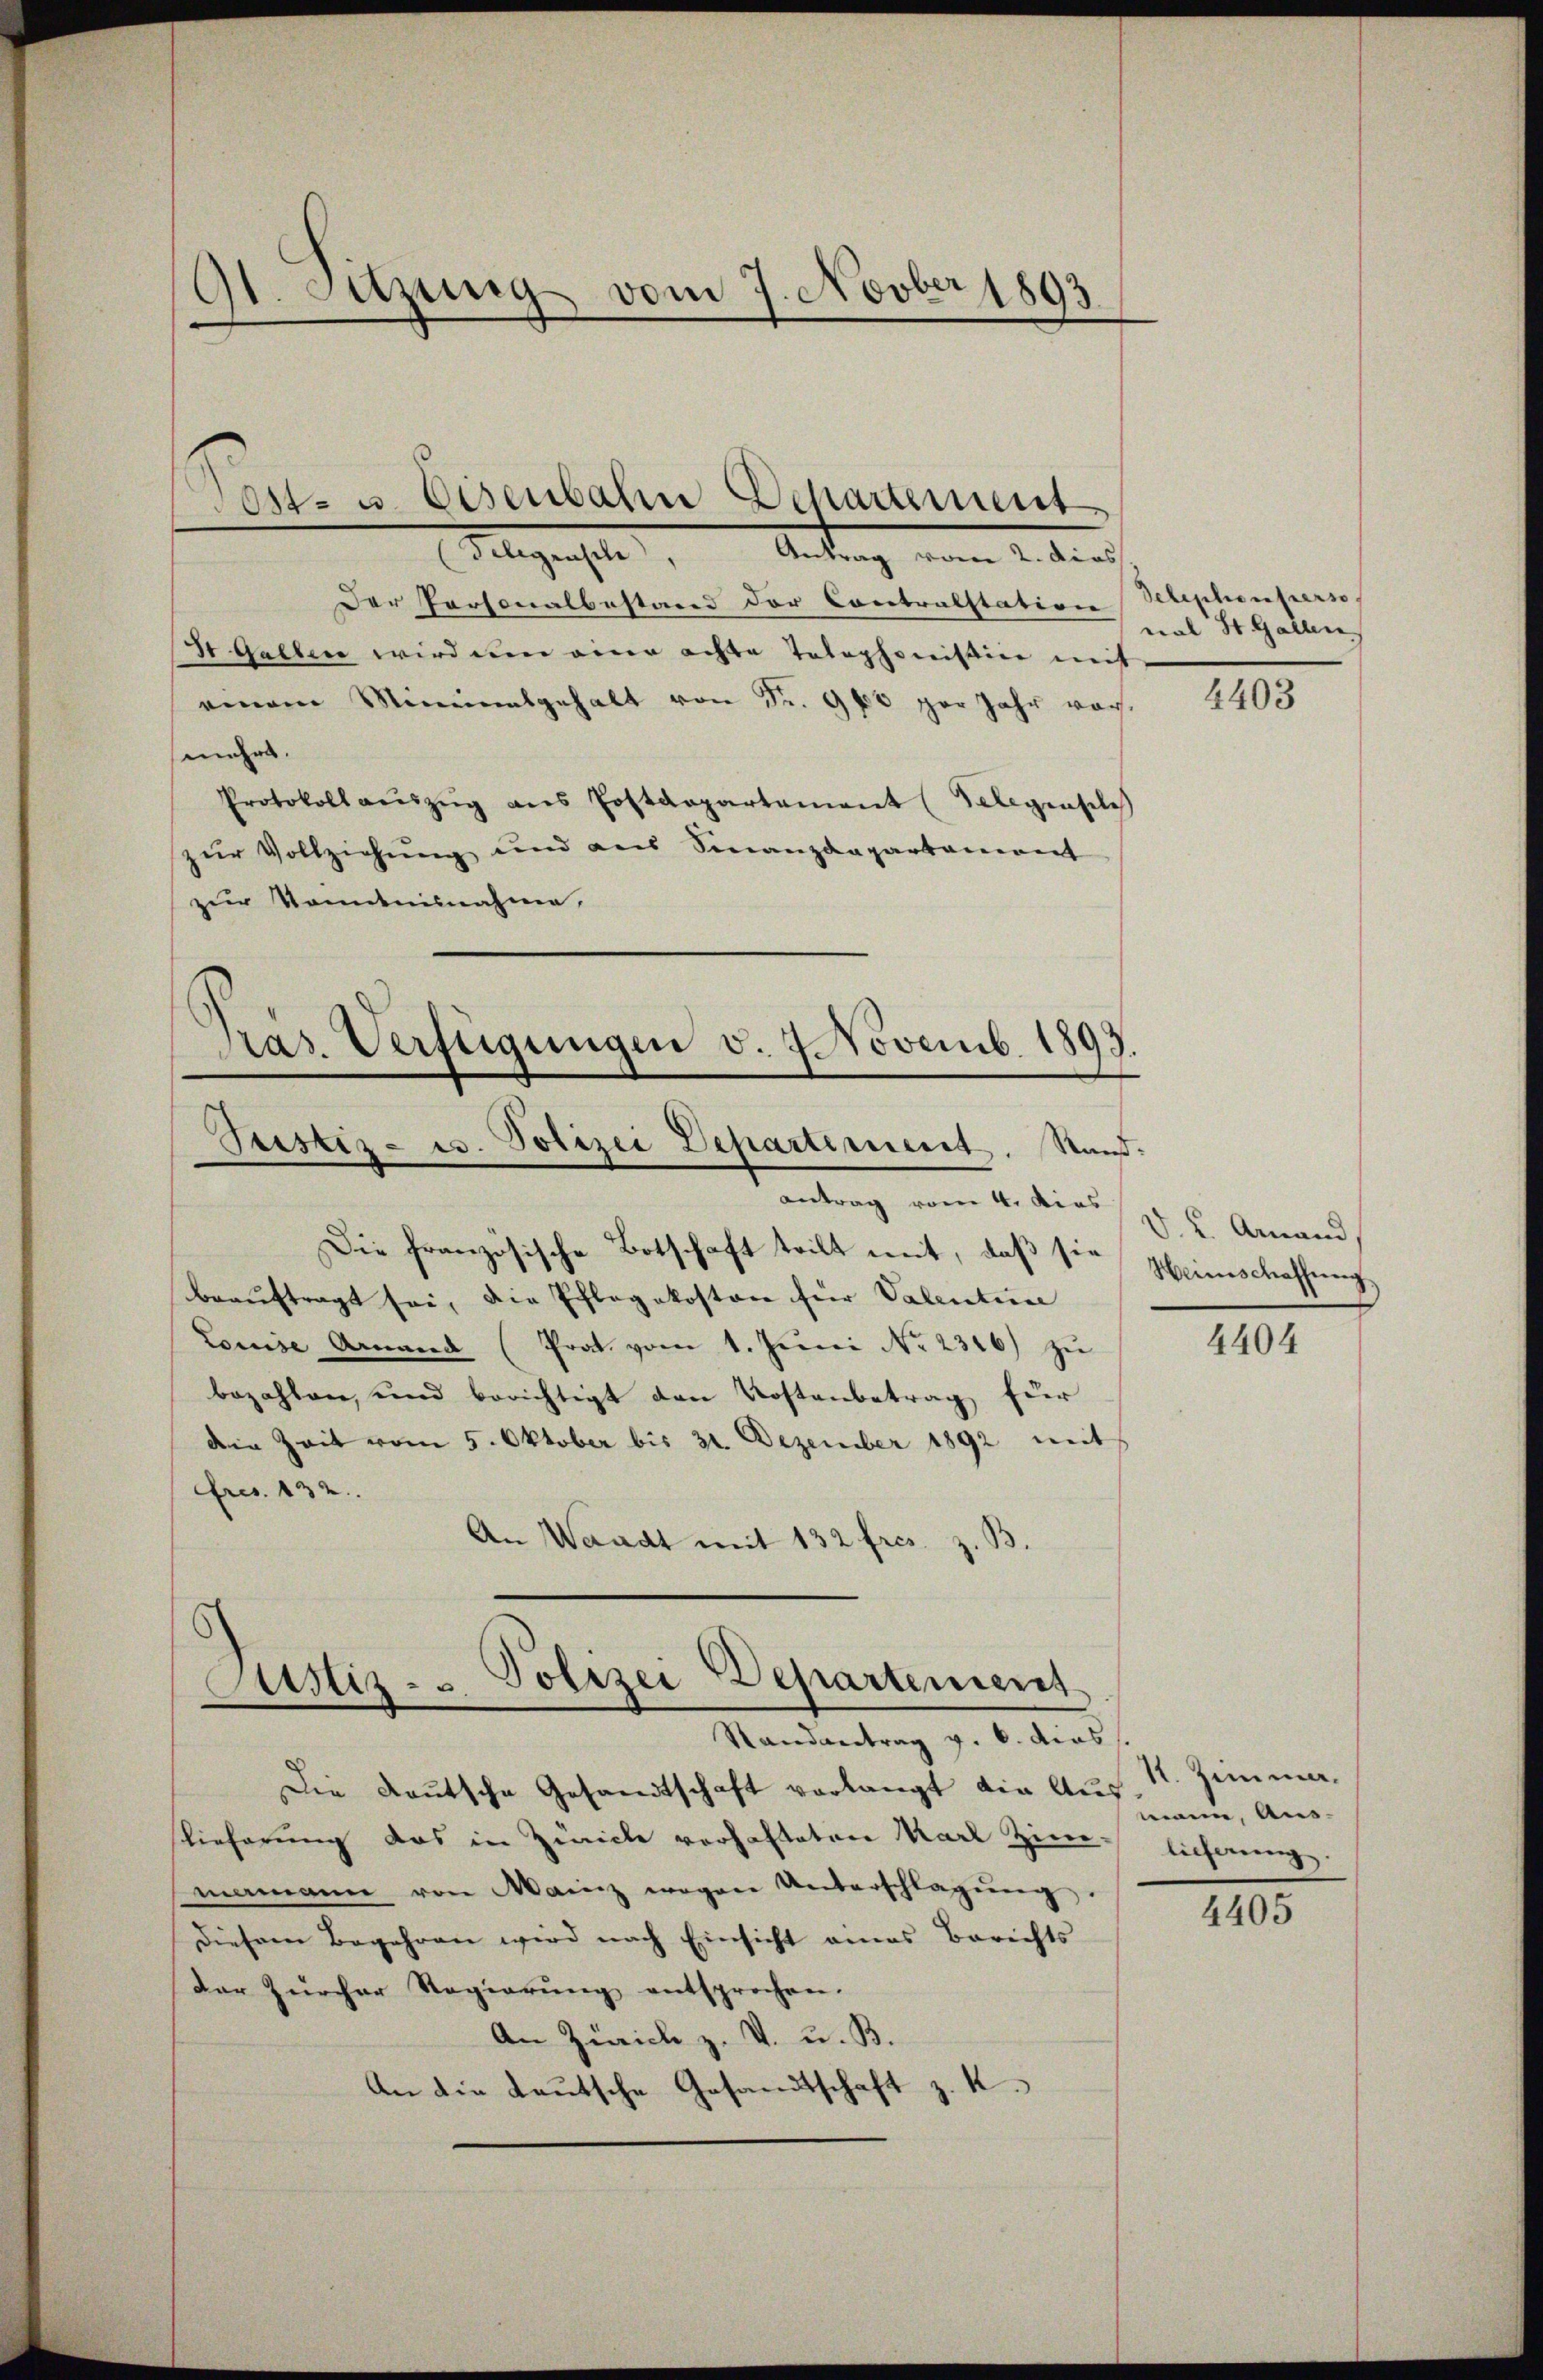
Der Personalbestand der Contralstation Sehephenperso
St. Gallen wird um eine achte Telephonistin mit
einem Mineinalgehalt von Fr. 900 per Jahr vor
mehrs.
Protokoll aŭszŭg ans Postdepartement (Telegensel
zŭr Vollziehŭng und aus Finanzdepartaneant
zur Kenntnisnahme,

9t. Sitzung vom 7. Novber 1893

Ost- u. Eisenbahn Departement
(Gelegensche, Antrag vom 2. dies

Die Deutsche Gesandtschaft verlangt die Aus 11. Zimme
slieferung das in Zürich verhafteten Karl Zim-
mamann von Mainz wegen Unterschlagŭng.
Diesem Begehren wird nach Einsicht amas Berichts
der Zürcher Regierŭng entsprochen.
An Zürich z. V. u. B.
An die teutsche Gesandtschaft z. K.

Pras. Verfügungen v. 7. Novemb. 1893.
Peister- u. Polizei Departement. Standantrag vom 4. dies   Ammand,

Die französische Botschaft teilt mit, daß sie Weinschaffung
beauftragt sei, die Pflegekosten für Valentione
Louise Armand (Prat. vom 1. Juni No 2316) zu
bezahlen, und berichtigt den Kostenbetrag für
deen Zeit vom 5. Oktober bis 31. Dezember 1892 mit
Fres. 132.
An Waadt mit 132 fres. z. B.

Astiz- & Polizei Departement
Randantrag v. 6. dies

val St. Gallen

4403

4404

mann, Aus-
lieferung.

4405